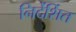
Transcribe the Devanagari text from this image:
निर्देर्शित